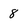
Character: 8